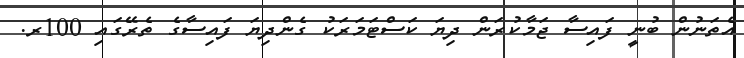
އެތަނުން ބުނީ ފައިސާ ޖަމާކުރަން ދިޔަ ކަސްޓަމަރަކު ގެންދިޔަ ފައިސާގެ ތެރޭގައި 100ރ.